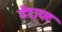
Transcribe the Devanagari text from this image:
डैट्रायट